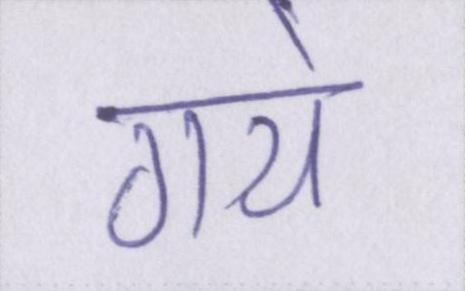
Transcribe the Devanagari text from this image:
गये